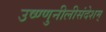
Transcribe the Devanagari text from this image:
उष्ण्णुनीलीसंदेशम्